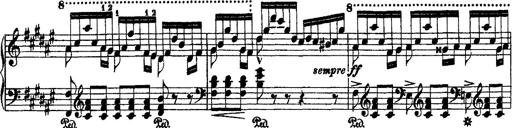
Title: 2 KonzertetÃ¼den
Composer: Franz Liszt